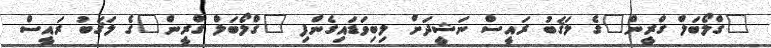
"ގްލޯބަލް ގްރީން"ގެ ލަޤަބު ރައީސް ނަޝީދަށް ލިބިވަޑައިގެންފި "ގްލޯބަލް ގްރީން"ގެ ލަޤަބު ރައީސް